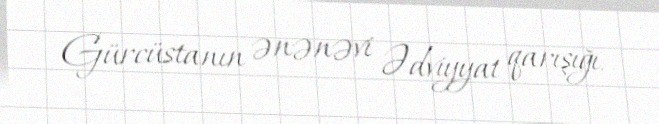
Gürcüstanın ənənəvi Ədviyyat qarışığı.